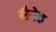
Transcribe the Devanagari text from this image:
सैनेह